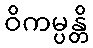
ဝိကမ္ပန္တိ